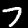
Digit: 7